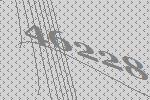
46228